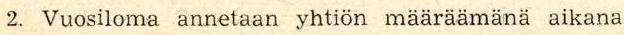
2. Vuosiloma annetaan yhtiön määräämänä aikana